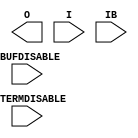

module IBUFDS_INTERMDISABLE (O, I, IB, IBUFDISABLE, INTERMDISABLE);

`ifdef XIL_TIMING
  parameter LOC = "UNPLACED";
`endif // `ifdef XIL_TIMING
  parameter DIFF_TERM = "FALSE";
  parameter DQS_BIAS = "FALSE";
  parameter IBUF_LOW_PWR = "TRUE";
  parameter IOSTANDARD = "DEFAULT";
  parameter SIM_DEVICE = "7SERIES";
  parameter USE_IBUFDISABLE = "TRUE";

  localparam MODULE_NAME = "IBUFDS_INTERMDISABLE";


    output O;

    input  I;
    input  IB;
    input  IBUFDISABLE;
    input  INTERMDISABLE;

endmodule // IBUFDS_INTERMDISABLE